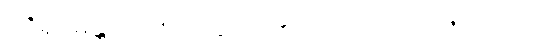
ဝဇိရုပမန္တိ၊ ကား။ တိခဏံ၊ ထက်လှသော။ ဝဇိသဒိသံ၊